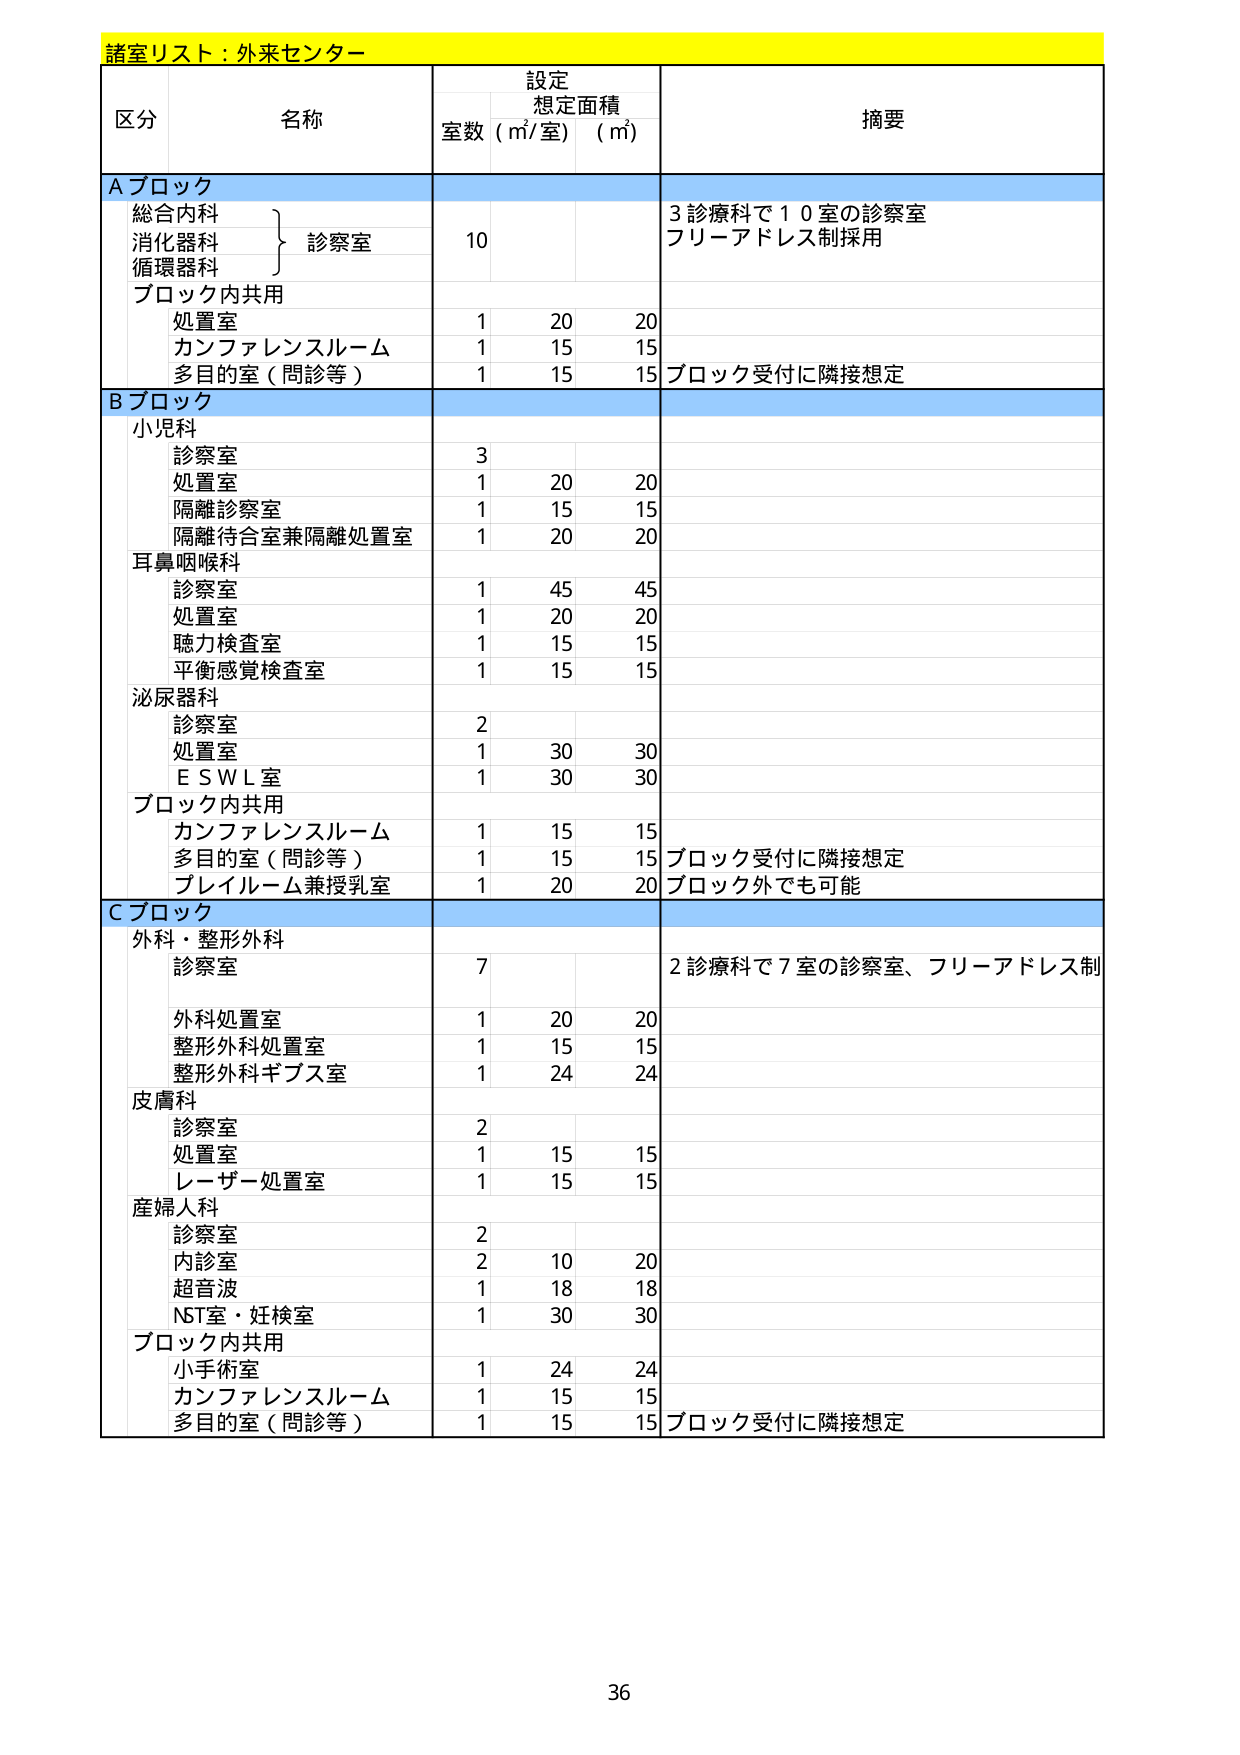
諸室リスト：外来センター

区分 名称 設定 想定面積 摘要
室数（㎡/室）（㎡）

Aブロック
総合内科
消化器科
循環器科
} 診察室 10 3診療科で10室の診察室
フリーアドレス制採用
ブロック内共用
処置室 1 20 20
カンファレンスルーム 1 15 15
多目的室（問診等） 1 15 15 ブロック受付に隣接想定

Bブロック
小児科
診察室 3
処置室 1 20 20
隔離診察室 1 15 15
隔離待合室兼隔離処置室 1 20 20
耳鼻咽喉科
診察室 1 45 45
処置室 1 20 20
聴力検査室 1 15 15
平衡感覚検査室 1 15 15
泌尿器科
診察室 2
処置室 1 30 30
ＥＳＷＬ室 1 30 30
ブロック内共用
カンファレンスルーム 1 15 15
多目的室（問診等） 1 15 15 ブロック受付に隣接想定
ブレイルーム兼授乳室 1 20 20 ブロック外でも可能

Cブロック
外科・整形外科
診察室 7 2診療科で7室の診察室、フリーアドレス制
外科処置室 1 20 20
整形外科処置室 1 15 15
整形外科ギブス室 1 24 24
皮膚科
診察室 2
処置室 1 15 15
レーザー処置室 1 15 15
産婦人科
診察室 2
内診室 2 10 20
超音波 1 18 18
NST室・妊検室 1 30 30
ブロック内共用
小手術室 1 24 24
カンファレンスルーム 1 15 15
多目的室（問診等） 1 15 15 ブロック受付に隣接想定

36